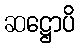
ဆဋ္ဌောပိ